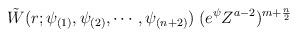
LaTeX: \begin{align*}\tilde{W} (r; \psi_{(1)}, \psi_{(2)}, \cdots, \psi_{(n + 2)}) \; ( e^{\psi} Z^{a - 2} )^{m + \frac{n}{2}} \;\end{align*}